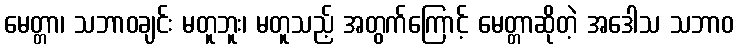
မေတ္တာ၊ သဘာဝချင်း မတူဘူး၊ မတူသည့် အတွက်ကြောင့် မေတ္တာဆိုတဲ့ အဒေါသ သဘာဝ